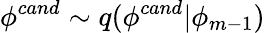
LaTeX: \phi^{cand}\sim q(\phi^{cand}|\phi_{m-1})